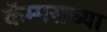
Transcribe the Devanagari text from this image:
कॅम्पसच्या